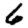
Digit: 6